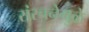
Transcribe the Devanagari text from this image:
संरचनेमुळे